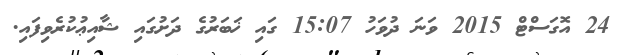
24 އޮގަސްޓް 2015 ވަނަ ދުވަހު 15:07 ގައި ޚަބަރުގެ ދަށުގައި ޝާއިޢުކުރެވިފައި.